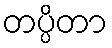
တပ္ပိတာ